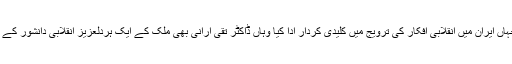
اس رسالے نے جہاں ایران میں انقلابی افکار کی ترویج میں کلیدی کردار ادا کیا وہاں ڈاکٹر تقی ارانی بھی ملک کے ایک ہردلعزیز انقلابی دانشور کے طور پر ابھرے ۔